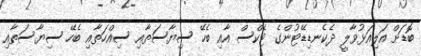
ބޮޑަށް އަލިއަޅުވާލީ ދެކެނޑިޑޭޓުންގެ ޓެކްސް އާއި ބެހޭ ސިޔާސަތާއި ސިއްހަތާއި ބެހޭ ސިޔާސަތާއި